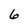
Character: 6